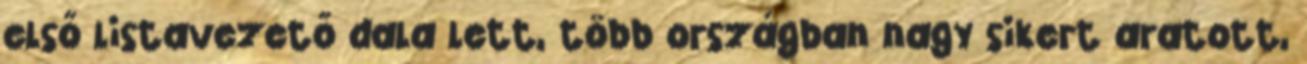
első listavezető dala lett, több országban nagy sikert aratott,